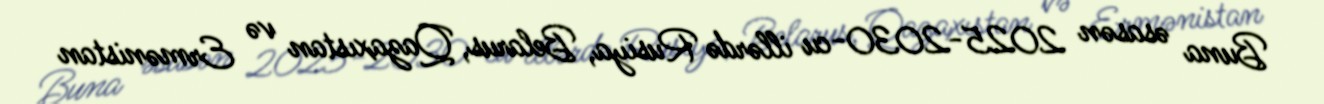
Buna əsasən 2025-2030-cu illərdə Rusiya, Belarus, Qazaxıstan və Ermənistan